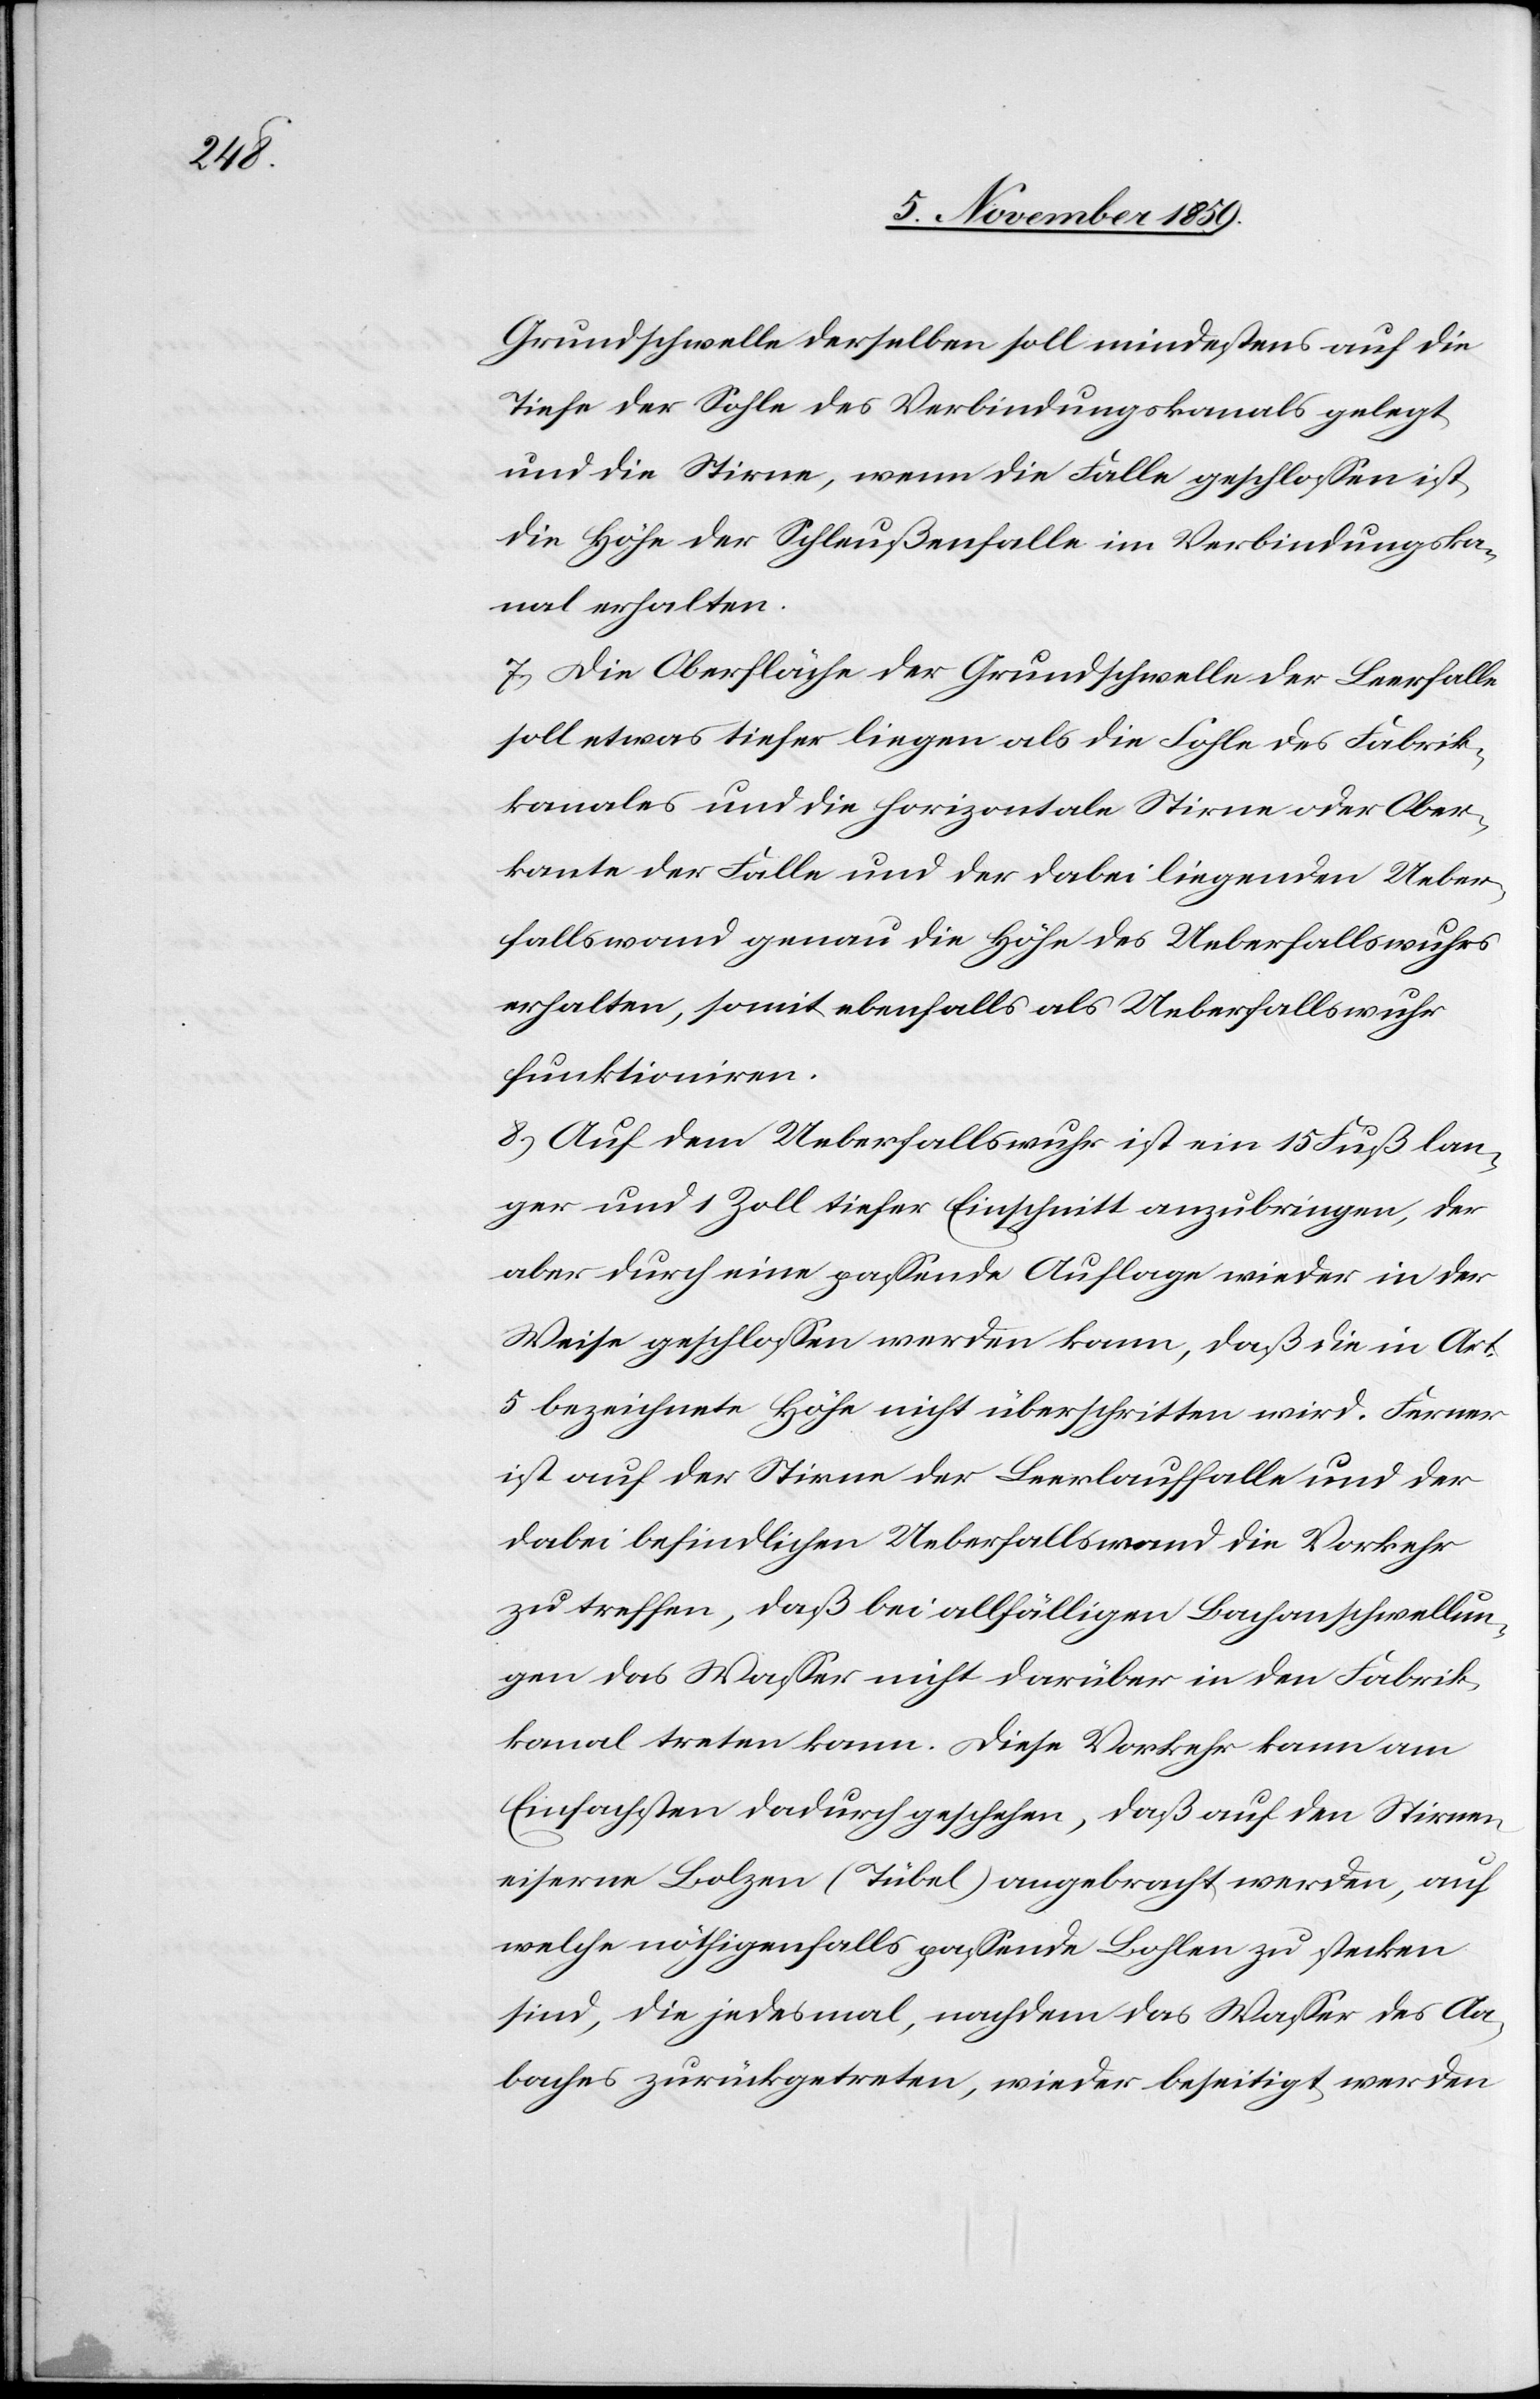
Grundschwelle derselben soll mindestens auf die
Tiefe der Sohle des Verbindungskanals gelegt
und die Stirn, wenn die Falle geschlossen ist,
die Höhe der Schleußenfalle im Verbindungska¬
nal erhalten.
7) Die Oberfläche der Grundschwelle der Leerfalle
soll etwas tiefer liegen als die Sohle des Fabrik¬
kanales und die horizontale Stirn oder Ober¬
kante der Falle und der dabei liegenden Ueber¬
fallswand genau die Höhe des Ueberfallswuhres
erhalten, somit ebenfalls als Ueberfallswuhr
funktioniren.
8) Auf dem Ueberfallswuhr ist ein 15 Fuß lan¬
ger und 1 Zoll tiefer Einschnitt anzubringen, der
aber durch eine passende Auflage wieder in der
Weise geschlossen werden kann, daß die in Art.
5 bezeichnete Höhe nicht überschritten wird. Ferner
ist auf der Stirne der Leerlauffalle und der
dabei befindlichen Ueberfallswand die Vorkehr
zu treffen, daß bei allfälligen Bachanschwellun¬
gen das Wasser nicht darüber in den Fabrik¬
bach treten kann. Diese Vorkehr kann am
Einfachsten dadurch geschehen, daß auf den Stirnen
eiserne Bolzen (Tübel) angebracht werden, auf
welche nöthigenfalls passende Bohlen zu stecken
sind, die jedesmal, nachdem das Wasser des Aa¬
baches zurückgetreten, wieder beseitigt werden